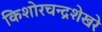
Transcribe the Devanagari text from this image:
किशोरचन्द्रशेखरे